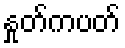
နှုတ်ကပတ်